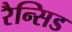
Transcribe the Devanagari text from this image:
रैन्सिड